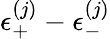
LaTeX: \epsilon_{+}^{(j)}-\epsilon_{-}^{(j)}